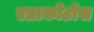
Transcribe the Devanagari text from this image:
एव्राकोटोस